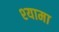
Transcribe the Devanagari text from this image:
श्‍यामा